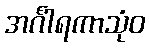
အင်္ဂါရကာသုံဝ